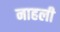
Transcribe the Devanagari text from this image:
नाहली